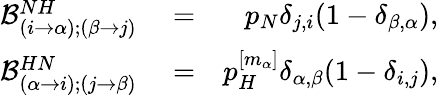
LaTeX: \begin{array}{rlr}{\mathcal{B}_{(i\to\alpha);(\beta\to j)}^{NH}}&{{}=}&{p_{N}\delta_{j,i}(1-\delta_{\beta,\alpha}),}\\ {\mathcal{B}_{(\alpha\to i);(j\to\beta)}^{HN}}&{{}=}&{p_{H}^{[m_{\alpha}]}\delta_{\alpha,\beta}(1-\delta_{i,j}),}\end{array}